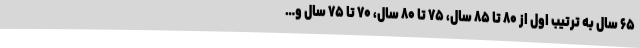
۶۵ سال به ترتیب اول از ۸۰ تا ۸۵ سال، ۷۵ تا ۸۰ سال، ۷۰ تا ۷۵ سال و…